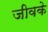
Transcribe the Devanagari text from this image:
जीवके